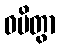
ဝပိတွာ